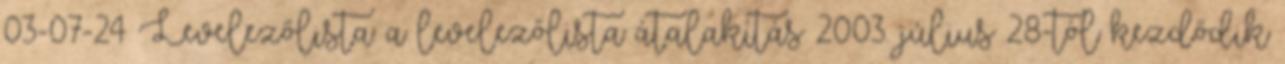
03-07-24 Levelezőlista: a levelezőlista átalakítás 2003. július 28-tól kezdődik